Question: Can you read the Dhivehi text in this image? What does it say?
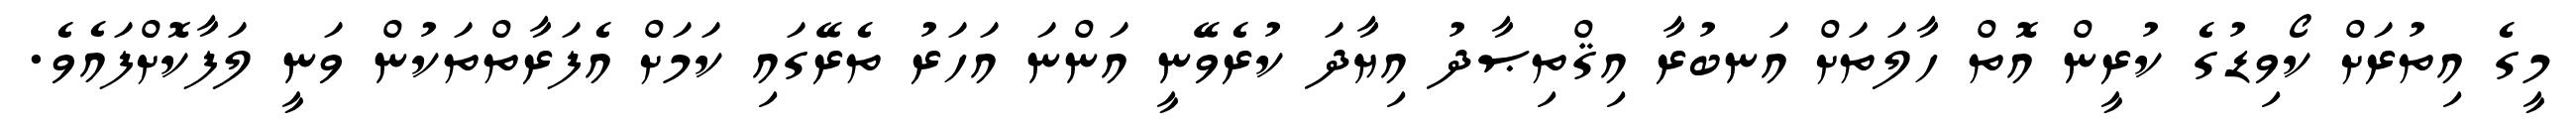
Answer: މީގެ އިތުރަށް ކޯވިޑުގެ ކުރީން އޮތް ހާލަތަށް އަނބުރާ އިޤްތިޞާދު އިޔާދަ ކުރެވޭނީ އަންނަ އަހަރު ތެރޭގައި ކަމަށް އެފަރާތްތަކުން ވަނީ ލަފާކޮށްފައެވެ.